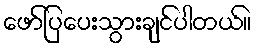
ဖော်ပြပေးသွားချင်ပါတယ်။